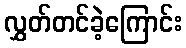
လွှတ်တင်ခဲ့ကြောင်း